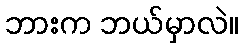
ဘားက ဘယ်မှာလဲ။